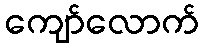
ကျော်လောက်